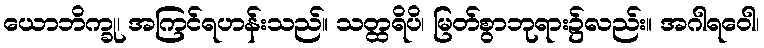
ယောဘိက္ခု၊ အကြင်ရဟန်းသည်။ သတ္ထရိပိ၊ မြတ်စွာဘုရား၌လည်း။ အဂါရဝေါ၊